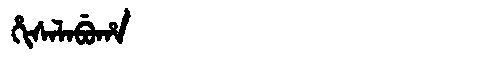
Manchu: ᡥᡳᠰᠠᠯᠠᠪᡠᡥᠠ
Romanization: HISALABUHA